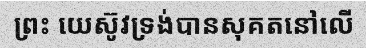
ព្រះ យេស៊ូវទ្រង់បានសុគតនៅលើ